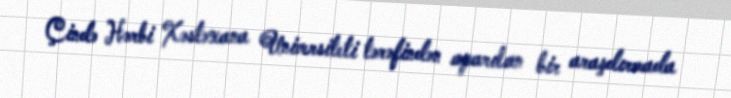
Çində Hərbi Xəstəxana Universiteti tərəfindən aparılan bir araşdırmada